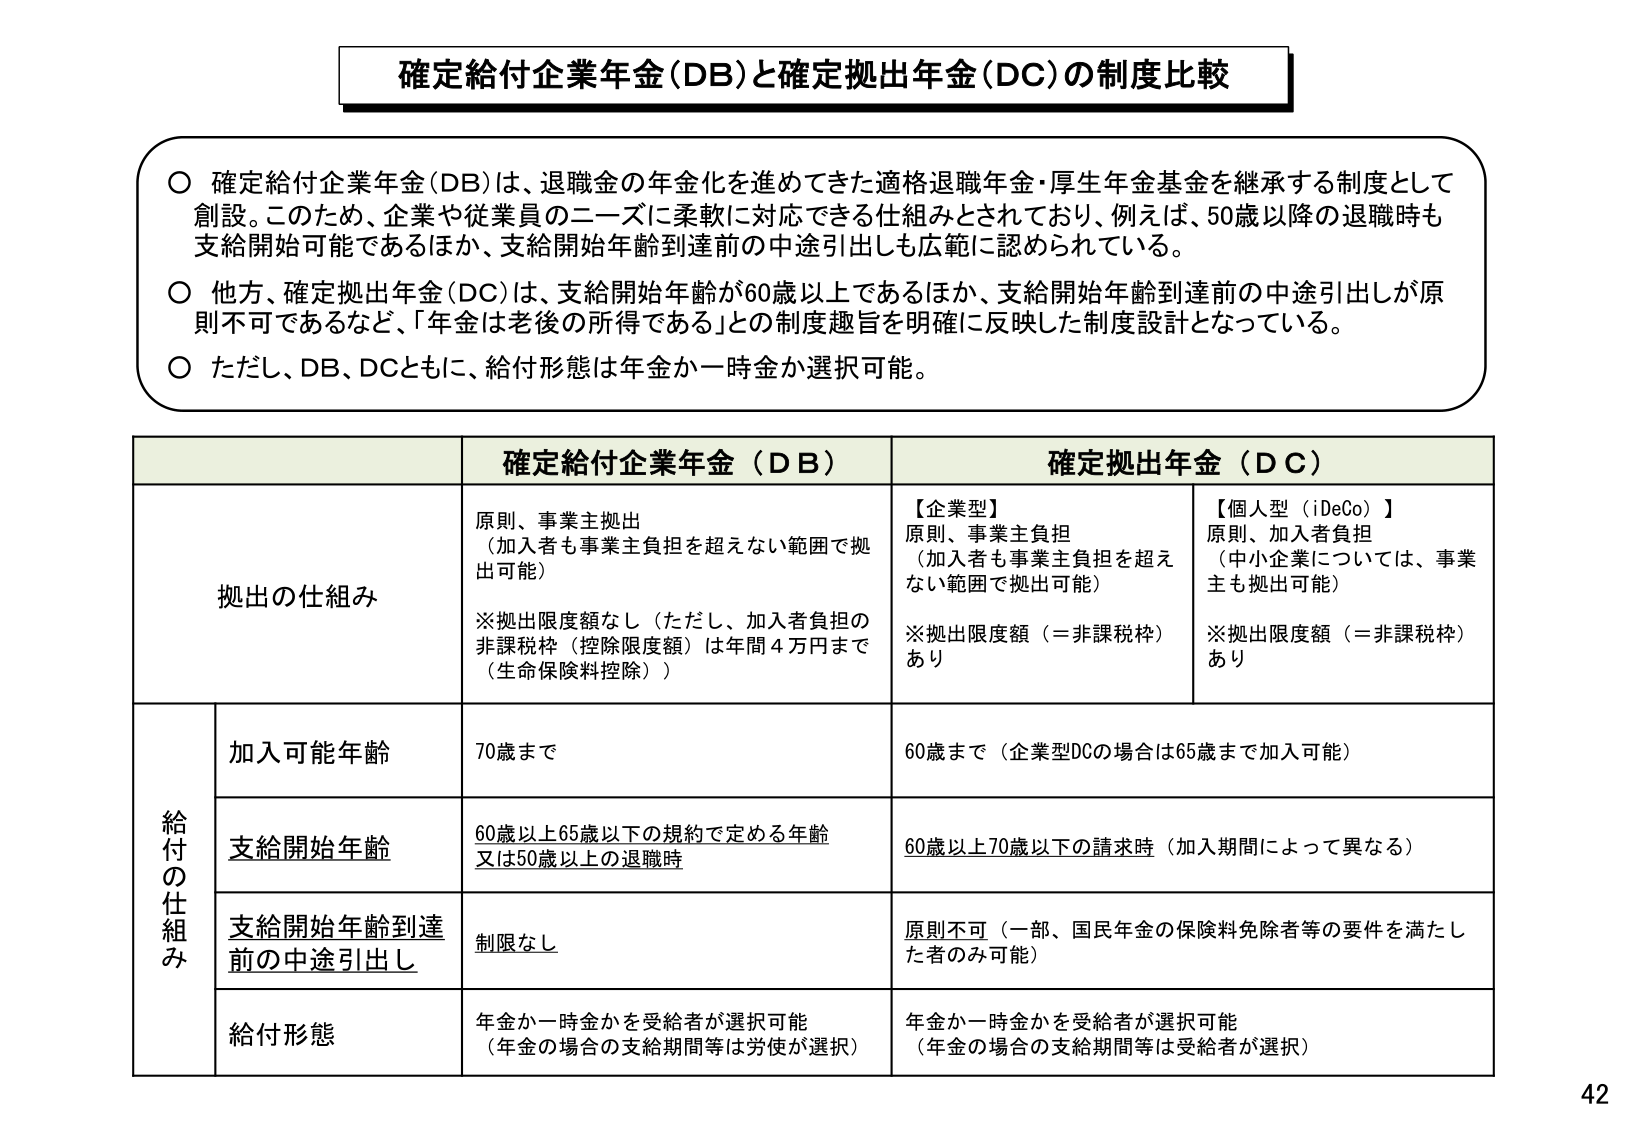
確定給付企業年金（DB）と確定拠出年金（DC）の制度比較

○ 確定給付企業年金（DB）は、退職金の年金化を進めてきた適格退職年金・厚生年金基金を継承する制度として創設。このため、企業や従業員のニーズに柔軟に対応できる仕組みとされており、例えば、50歳以降の退職時も支給開始可能であるほか、支給開始年齢到達前の中途引出しも広範に認められている。

○ 他方、確定拠出年金（DC）は、支給開始年齢が60歳以上であるほか、支給開始年齢到達前の中途引出しが原則不可であるなど、「年金は老後の所得である」との制度趣旨を明確に反映した制度設計となっている。

○ ただし、DB、DCともに、給付形態は年金か一時金か選択可能。

確定給付企業年金（DB） 確定拠出年金（DC）

拠出の仕組み
原則、事業主拠出
（加入者も事業主負担を超えない範囲で拠出可能）
※拠出限度額なし（ただし、加入者負担の非課税枠（控除限度額）は年間4万円まで（生命保険料控除））

【企業型】
原則、事業主負担
（加入者も事業主負担を超えない範囲で拠出可能）
※拠出限度額（＝非課税枠）あり

【個人型（iDeCo）】
原則、加入者負担
（中小企業については、事業主も拠出可能）
※拠出限度額（＝非課税枠）あり

給付の仕組み
加入可能年齢
70歳まで
60歳まで（企業型DCの場合は65歳まで加入可能）

支給開始年齢
60歳以上65歳以下の規約で定める年齢
又は50歳以上の退職時
60歳以上70歳以下の請求時（加入期間によって異なる）

支給開始年齢到達前の中途引出し
制限なし
原則不可（一部、国民年金の保険料免除者等の要件を満たした者のみ可能）

給付形態
年金か一時金かを受給者が選択可能
（年金の場合の支給期間等は労使が選択）
年金か一時金かを受給者が選択可能
（年金の場合の支給期間等は受給者が選択）

42